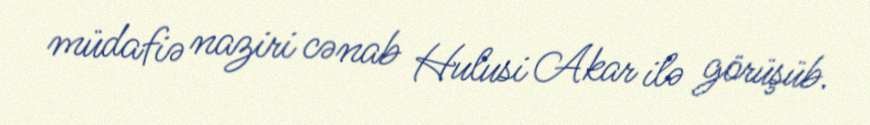
müdafiə naziri cənab Hulusi Akar ilə görüşüb.